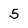
Character: 5